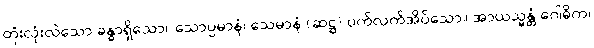
တုံးလုံးလဲသော ခန္ဓာရှိသော။ သောပ္ပမာနံ၊ သေမာနံ (ဆဋ္ဌ) ပက်လက်အိပ်သော။ အာယသ္မန္တံ ဂေါဓိက၊